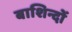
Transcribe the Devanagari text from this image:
बाशिन्दों